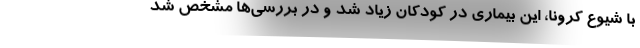
با شیوع کرونا، این بیماری در کودکان زیاد شد و در بررسی‌ها مشخص شد